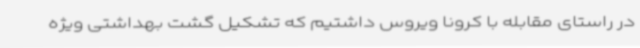
در راستای مقابله با کرونا ویروس داشتیم که تشکیل گشت بهداشتی ویژه